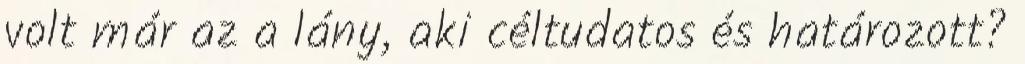
volt már az a lány, aki céltudatos és határozott?